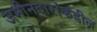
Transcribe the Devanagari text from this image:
जमीनदारांकडील